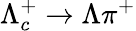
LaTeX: \Lambda_{c}^{+}\to\Lambda\pi^{+}